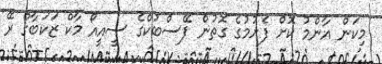
މިކަން އާންމު ކޮށް ފެށުމުގެ ގޮތުން ފޭސްބުކްގެ ސީއީއޯ މާކް ޒަކަބާގް ރޭ